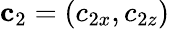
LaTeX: {\mathbf c}_{2}=(c_{2x},c_{2z})